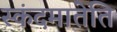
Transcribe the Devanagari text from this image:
स्कंदमातेति